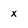
Character: x